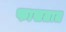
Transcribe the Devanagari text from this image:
फासतात